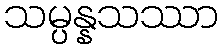
သမ္ပန္နသဿာ